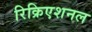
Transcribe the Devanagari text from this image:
रिक्रिएशनल